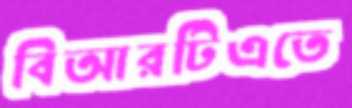
বিআরটিএতে